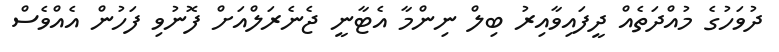
ދުވަހުގެ މުއްދަތެއް ދީފައިވާއިރު ބިލް ނިންމާ އެޓާނީ ޖެނެރަލްއަށް ފޮނުވި ފަހުން އެއްވެސް